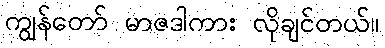
ကျွန်တော် မာဇဒါကား လိုချင်တယ်။